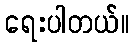
ရေးပါတယ်။